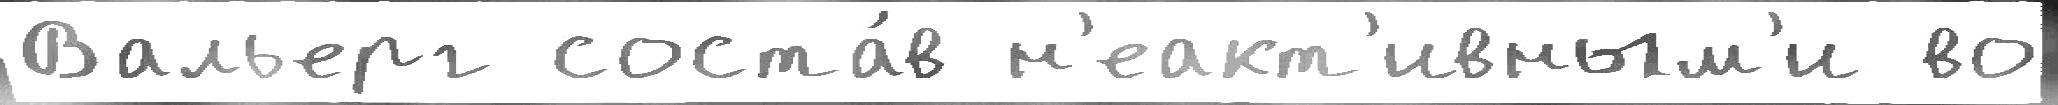
Вальерг соста́в н'еакт'ивным'и во